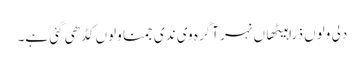
دلی ولوں ذرا ہیٹھاں نہر آگرہ وی ندی جمنا ولوں کڈھی گئی ہے۔